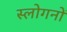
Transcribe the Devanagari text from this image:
स्लोगनों